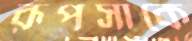
রূপসাকে